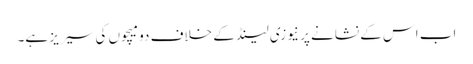
اب اس کے نشانے پر نیوزی لینڈ کے خلاف دو میچوں کی سیریز ہے۔